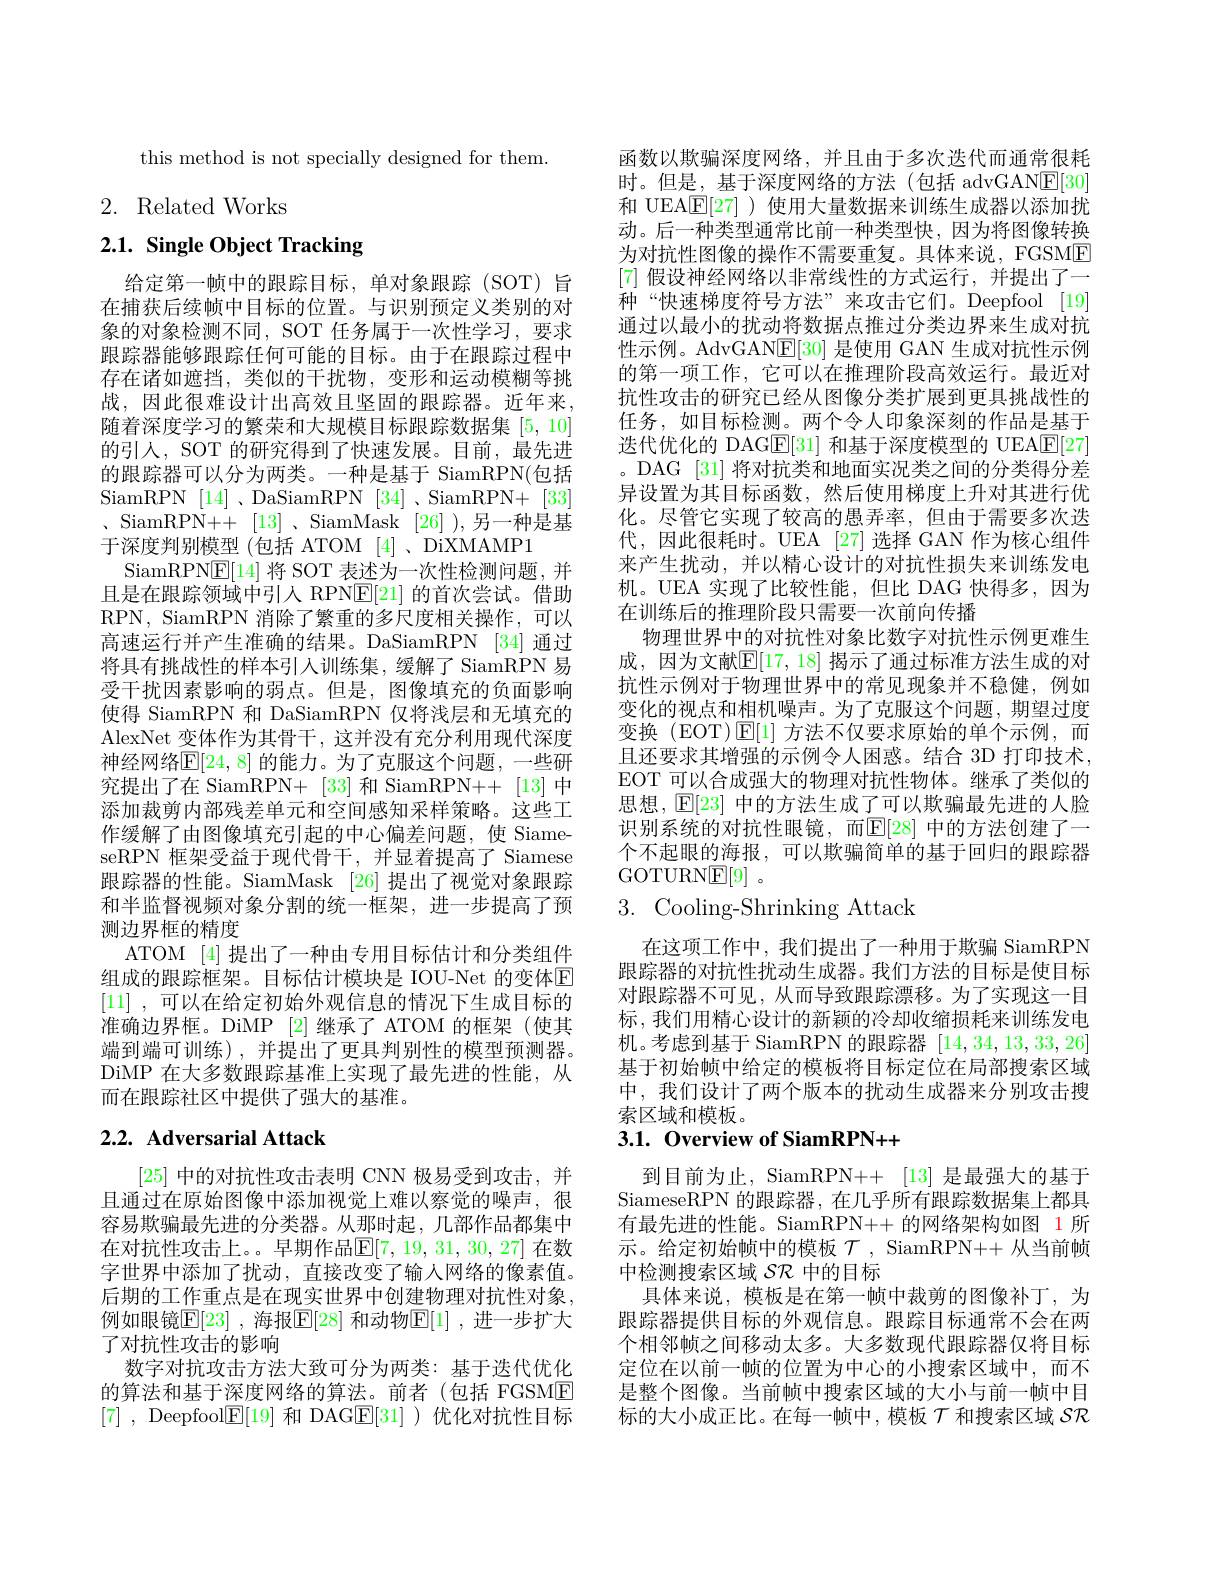
this method is not specially designed for them

# 2. Related Works

$2. 1. \textbf{ Single Object Tracking}$

给定第一帧中的跟踪目标，单对象跟踪(SOT)旨在捕获后续帧中目标的位置。与识别预定义类别的对象的对象检测不同，SOT 任务属于一次性学习，要求跟踪器能够跟踪任何可能的目标。由于在跟踪过程中存在诸如遮挡，类似的干扰物，变形和运动模糊等挑战，因此很难设计出高效且坚固的跟踪器。近年来， 随着深度学习的繁荣和大规模目标跟踪数据集[5,10] 的引人，SOT 的研究得到了快速发展。目前，最先进的跟踪器可以分为两类。一种是基于 SiamRPN(包括SiamRPN [14] 、DaSiamRPN [34] 、SiamRPN+ [33] $、$SiamRPN++ [13]、SiamMask [26]),另一种是基于深度判别模型 (包括 ATOM [4]、DiXMAMP1
SiamRPN$\underline{\mathrm{E}}[14]$将 SOT 表述为一次性检测问题，并且是在跟踪领域中引人 RPN$\underline{\mathrm{E}}[21]$的首次尝试。借助RPN, SiamRPN 消除了繁重的多尺度相关操作，可以高速运行并产生准确的结果。DaSiamRPN [34] 通过将具有挑战性的样本引人训练集，缓解了 SiamRPN 易受干扰因素影响的弱点。但是，图像填充的负面影响使得 SiamRPN 和 DaSiamRPN 仅将浅层和无填充的AlexNet 变体作为其骨干，这并没有充分利用现代深度神经网络$\mathbb{E}[24,8]$ 的能力。为了克服这个问题，一些研究提出了在 SiamRPN+ [33]和 SiamRPN++ [13]中添加裁剪内部残差单元和空间感知采样策略。这些工作缓解了由图像填充引起的中心偏差问题，使 SiameseRPN 框架受益于现代骨干，并显着提高了 Siamese 跟踪器的性能。SiamMask [26] 提出了视觉对象跟踪和半监督视频对象分割的统一框架，进一步提高了预测边界框的精度
ATOM [4]提出了一种由专用目标估计和分类组件组成的跟踪框架。目标估计模块是 IOU-Net 的变体$\mathbb{E}$ [11] ,可以在给定初始外观信息的情况下生成目标的准确边界框。DiMP [2]继承了 ATOM 的框架(使其端到端可训练),并提出了更具判别性的模型预测器。DiMP 在大多数跟踪基准上实现了最先进的性能，从而在跟踪社区中提供了强大的基准。

# 2.2. Adversarial Attack

[25]中的对抗性攻击表明 CNN 极易受到攻击，并且通过在原始图像中添加视觉上难以察觉的噪声，很容易欺骗最先进的分类器。从那时起，几部作品都集中在对抗性攻击上。。早期作品$\mathbb{E}[7,19,31,30,27]$ 在数字世界中添加了扰动，直接改变了输人网络的像素值。后期的工作重点是在现实世界中创建物理对抗性对象， 例如眼镜$\mathbb{E}[23]$ ,海报$\mathbb{E}[28]$ 和动物$\mathbb{E}[1]$ ,进一步扩大了对抗性攻击的影响
数字对抗攻击方法大致可分为两类：基于迭代优化的算法和基于深度网络的算法。前者(包括 FGSME [7] , Deepfool$\underline{\mathrm{E}}[19]$和 DAG$\underline{\mathrm{E}}[31]$ )优化对抗性目标

函数以欺骗深度网络，并且由于多次迭代而通常很耗时。但是，基于深度网络的方法(包括 advGANE[30] 和 UEA$\underline{\mathrm{E}}[27]$ )使用大量数据来训练生成器以添加扰动。后一种类型通常比前一种类型快，因为将图像转换为对抗性图像的操作不需要重复。具体来说，FGSME [7]假设神经网络以非常线性的方式运行，并提出了一种“快速梯度符号方法”来攻击它们。Deepfool[19] 通过以最小的扰动将数据点推过分类边界来生成对抗性示例。AdvGAN$\underline{\mathrm{E}}[30]$是使用 GAN 生成对抗性示例的第一项工作，它可以在推理阶段高效运行。最近对抗性攻击的研究已经从图像分类扩展到更具挑战性的任务，如目标检测。两个令人印象深刻的作品是基于迭代优化的 DAGE[31]和基于深度模型的 UEAE[27] 。DAG [31] 将对抗类和地面实况类之间的分类得分差异设置为其目标函数，然后使用梯度上升对其进行优化。尽管它实现了较高的愚弄率，但由于需要多次迭代，因此很耗时。UEA [27] 选择 GAN 作为核心组件来产生扰动，并以精心设计的对抗性损失来训练发电机。UEA 实现了比较性能，但比 DAG 快得多，因为在训练后的推理阶段只需要一次前向传播
物理世界中的对抗性对象比数字对抗性示例更难生成，因为文献$\mathbb{E}[17,18]$ 揭示了通过标准方法生成的对抗性示例对于物理世界中的常见现象并不稳健，例如变化的视点和相机噪声。为了克服这个问题，期望过度变换 (EOT)$\operatorname{E}[1]$方法不仅要求原始的单个示例，而且还要求其增强的示例令人困惑。结合 3D 打印技术， EOT 可以合成强大的物理对抗性物体。继承了类似的思想，$\operatorname{E}[23]$中的方法生成了可以欺骗最先进的人脸识别系统的对抗性眼镜，而$\mathbb{E}[28]$ 中的方法创建了一个不起眼的海报，可以欺骗简单的基于回归的跟踪器GOTURNE[ 9] 。
3. Cooling-Shrinking Attack

在这项工作中，我们提出了一种用于欺骗 SiamRPN 跟踪器的对抗性扰动生成器。我们方法的目标是使目标对跟踪器不可见，从而导致跟踪漂移。为了实现这一目标，我们用精心设计的新颖的冷却收缩损耗来训练发电机。考虑到基于 SiamRPN 的跟踪器[14,34,13,33,26] 基于初始帧中给定的模板将目标定位在局部搜索区域中，我们设计了两个版本的扰动生成器来分别攻击搜索区域和模板。

# 3.1. Overview of SiamRPN++

到目前为止，SiamRPN++ [13] 是最强大的基于SiameseRPN 的跟踪器，在几乎所有跟踪数据集上都具有最先进的性能。SiamRPN++ 的网络架构如图 1 所示。给定初始帧中的模板$\mathcal{T}$, SiamRPN++ 从当前帧中检测搜索区域$\mathcal{SR}$中的目标
具体来说，模板是在第一帧中裁剪的图像补丁，为跟踪器提供目标的外观信息。跟踪目标通常不会在两个相邻帧之间移动太多。大多数现代跟踪器仅将目标定位在以前一帧的位置为中心的小搜索区域中，而不是整个图像。当前帧中搜索区域的大小与前一帧中目标的大小成正比。在每一帧中，模板$\mathcal{T}$和搜索区域 SR